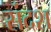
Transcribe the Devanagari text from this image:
संदश